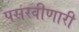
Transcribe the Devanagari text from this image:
पसरवीणारी